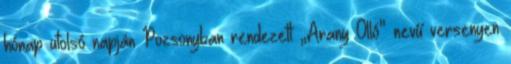
hónap utolsó napján Pozsonyban rendezett „Arany Olló” nevű versenyen